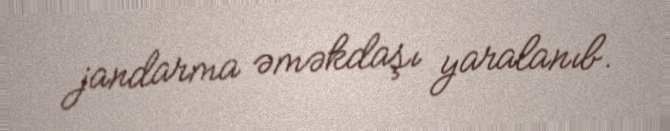
jandarma əməkdaşı yaralanıb.